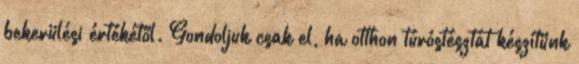
bekerülési értékétől. Gondoljuk csak el, ha otthon túróstésztát készítünk